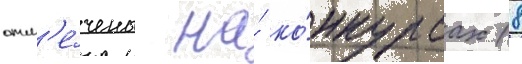
отм'е́чены на́ ко́нкурсах (8